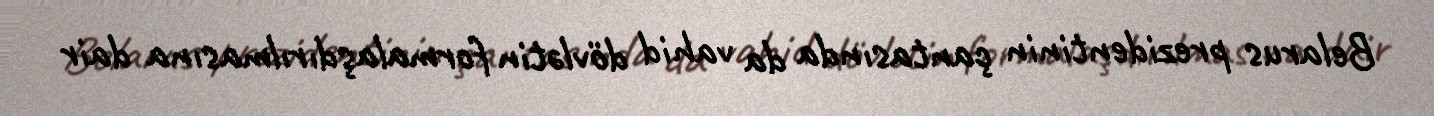
Belarus prezidentinin çantasında da vahid dövlətin formalaşdırılmasına dair